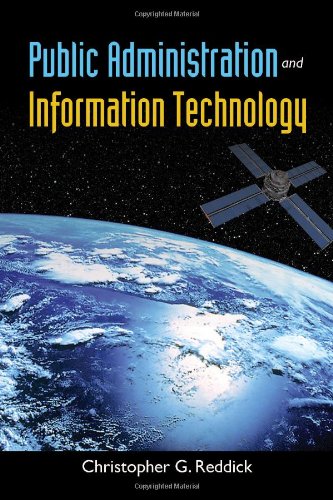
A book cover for Public Administration And Information Technology; Christopher Reddick; Medical Books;